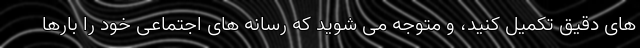
های دقیق تکمیل کنید، و متوجه می شوید که رسانه های اجتماعی خود را بارها